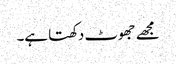
مجھے جھوٹ دکھتا ہے۔